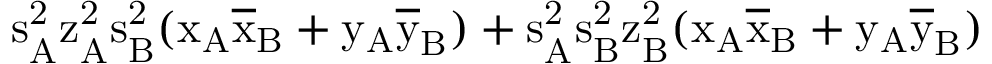
\mathrm { s _ { A } ^ { 2 } \mathrm { z _ { A } ^ { 2 } \mathrm { s _ { B } ^ { 2 } ( \mathrm { x _ { A } \mathrm { \overline { { x } } _ { B } + \mathrm { y _ { A } \mathrm { \overline { { y } } _ { B } ) + \mathrm { s _ { A } ^ { 2 } \mathrm { s _ { B } ^ { 2 } \mathrm { z _ { B } ^ { 2 } ( \mathrm { x _ { A } \mathrm { \overline { { x } } _ { B } + \mathrm { y _ { A } \mathrm { \overline { { y } } _ { B } ) } } } } } } } } } } } } } }